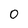
Character: 0